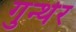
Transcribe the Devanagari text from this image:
गुन्थेर